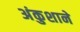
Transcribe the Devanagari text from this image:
अंकुशाने